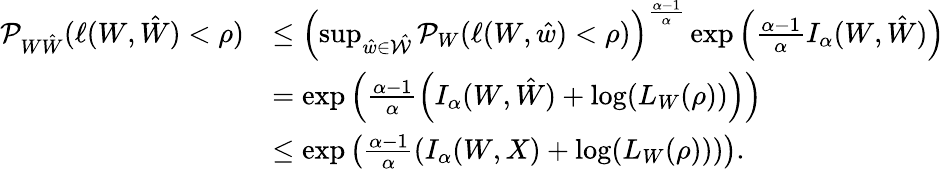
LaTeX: \begin{array}{rl}{\mathcal{P}_{W\hat{W}}(\ell(W,\hat{W})<\rho)}&{\leq\left(\operatorname*{sup}_{\hat{w}\in\mathcal{\hat{W}}}\mathcal{P}_{W}(\ell(W,\hat{w})<\rho)\right)^{\frac{\alpha-1}{\alpha}}\exp\left(\frac{\alpha-1}{\alpha}I_{\alpha}(W,\hat{W})\right)}\\ &{=\exp\left(\frac{\alpha-1}{\alpha}\left(I_{\alpha}(W,\hat{W})+\log(L_{W}(\rho))\right)\right)}\\ &{\leq\exp\left(\frac{\alpha-1}{\alpha}\left(I_{\alpha}(W,X)+\log(L_{W}(\rho))\right)\right).}\end{array}